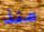
منذ